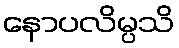
နောပလိမ္ပသိ